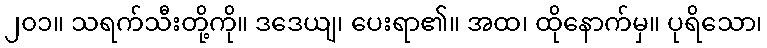
၂၀၁။ သရက်သီးတို့ကို။ ဒဒေယျ၊ ပေးရာ၏။ အထ၊ ထိုနောက်မှ။ ပုရိသော၊